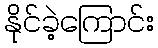
နိုင်ခဲ့ကြောင်း